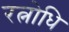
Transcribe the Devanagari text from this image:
रत्नोधि